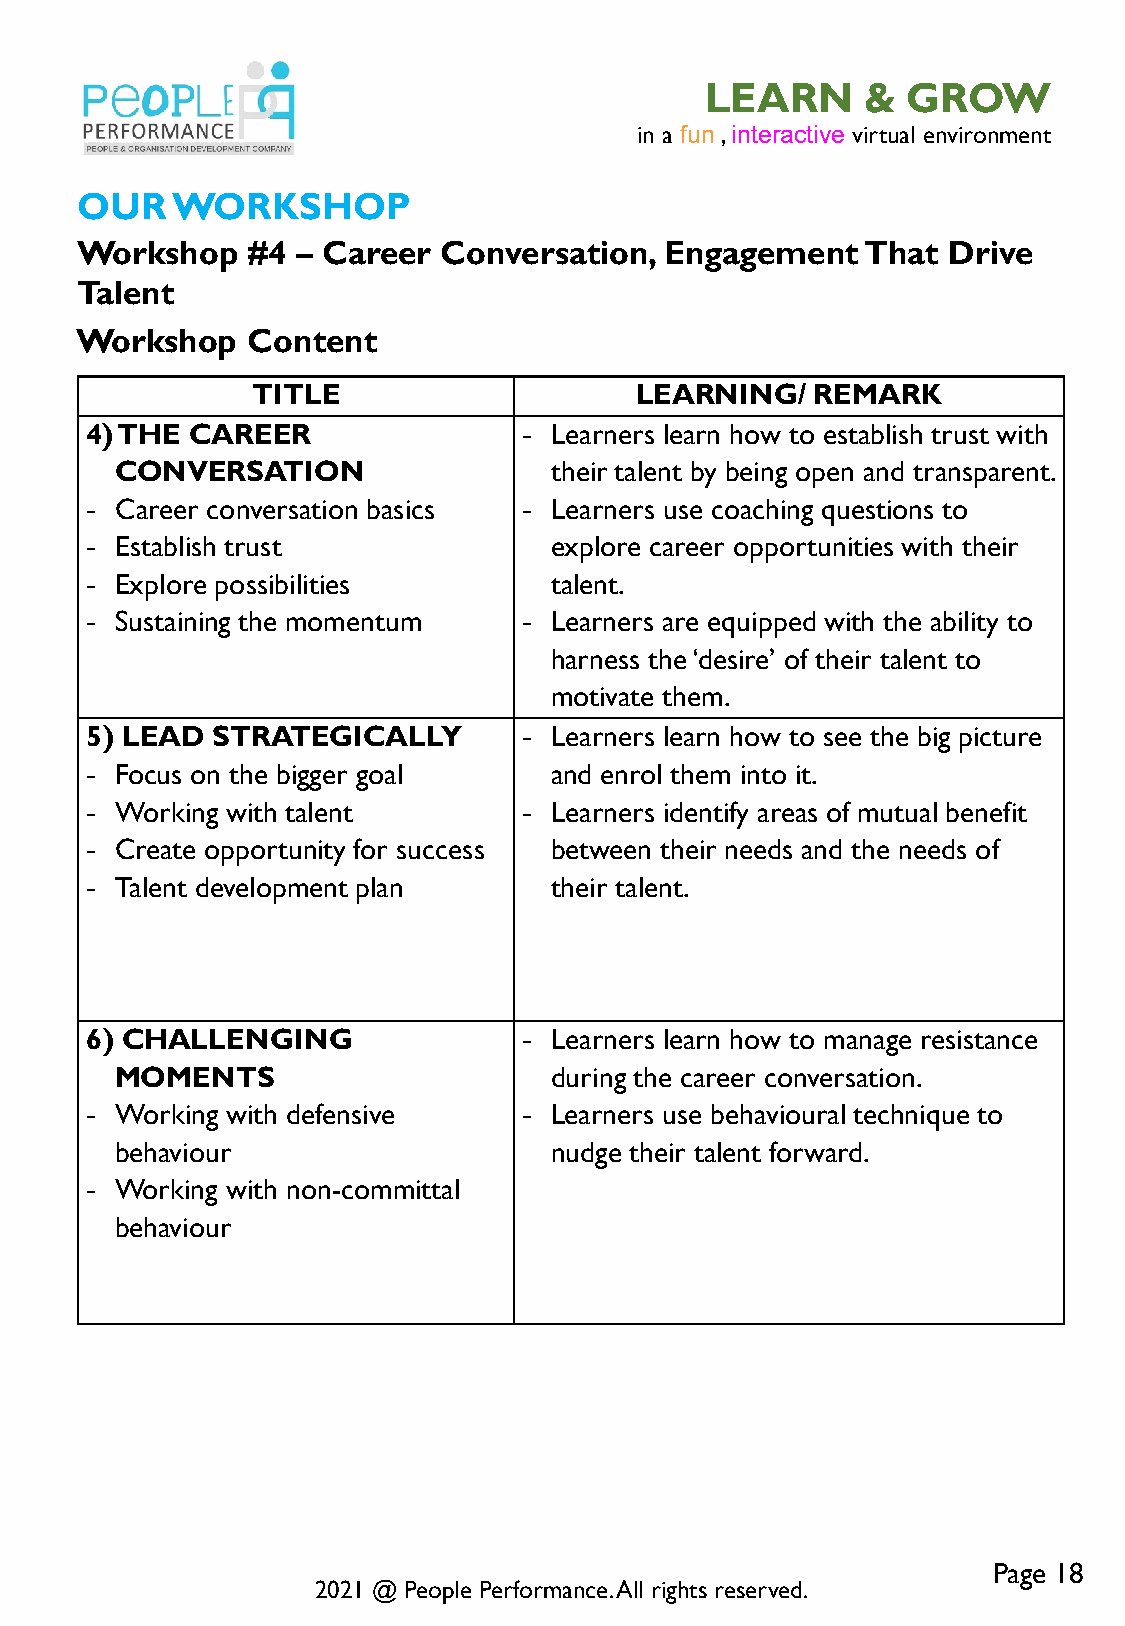
LEARN     &  GROW
 in a fun , interactive virtual environment
 OUR   WORKSHOP
 Workshop   #4  – Career Conversation,  Engagement   That  Drive
 Talent
 Workshop   Content
 TITLE                    LEARNING/   REMARK
 4) THE CAREER                - Learners learn how to establish trust with
 CONVERSATION                their talent by being open and transparent.
 - Career conversation basics - Learners use coaching questions to
 - Establish trust             explore career opportunities with their
 - Explore possibilities       talent.
 - Sustaining the momentum    - Learners are equipped with the ability to
 harness the ‘desire’ of their talent to
 motivate them.
 5) LEAD STRATEGICALLY        - Learners learn how to see the big picture
 - Focus on the bigger goal    and enrol them into it.
 - Working with talent        - Learners identify areas of mutual benefit
 - Create opportunity for success between their needs and the needs of
 - Talent development plan     their talent.
 6) CHALLENGING               - Learners learn how to manage resistance
 MOMENTS                     during the career conversation.
 - Working with defensive     - Learners use behavioural technique to
 behaviour                   nudge their talent forward.
 - Working with non-committal
 behaviour
 Page 18
 2021 @ People Performance. All rights reserved.